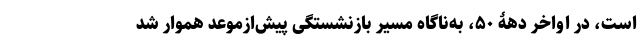
است، در اواخر دهۀ ۵۰، به‌ناگاه مسیر بازنشستگی پیش‌ازموعد هموار شد